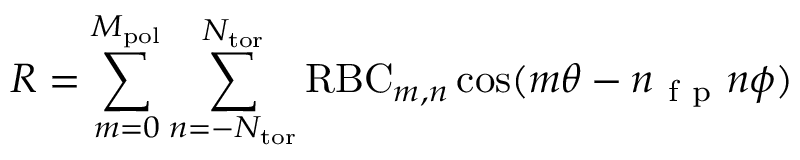
R = \sum _ { m = 0 } ^ { M _ { \mathrm { p o l } } } \sum _ { n = - N _ { \mathrm { t o r } } } ^ { N _ { \mathrm { t o r } } } \mathrm { R B C } _ { m , n } \cos ( m \theta - n _ { \mathrm { ~ f ~ p ~ } } n \phi )